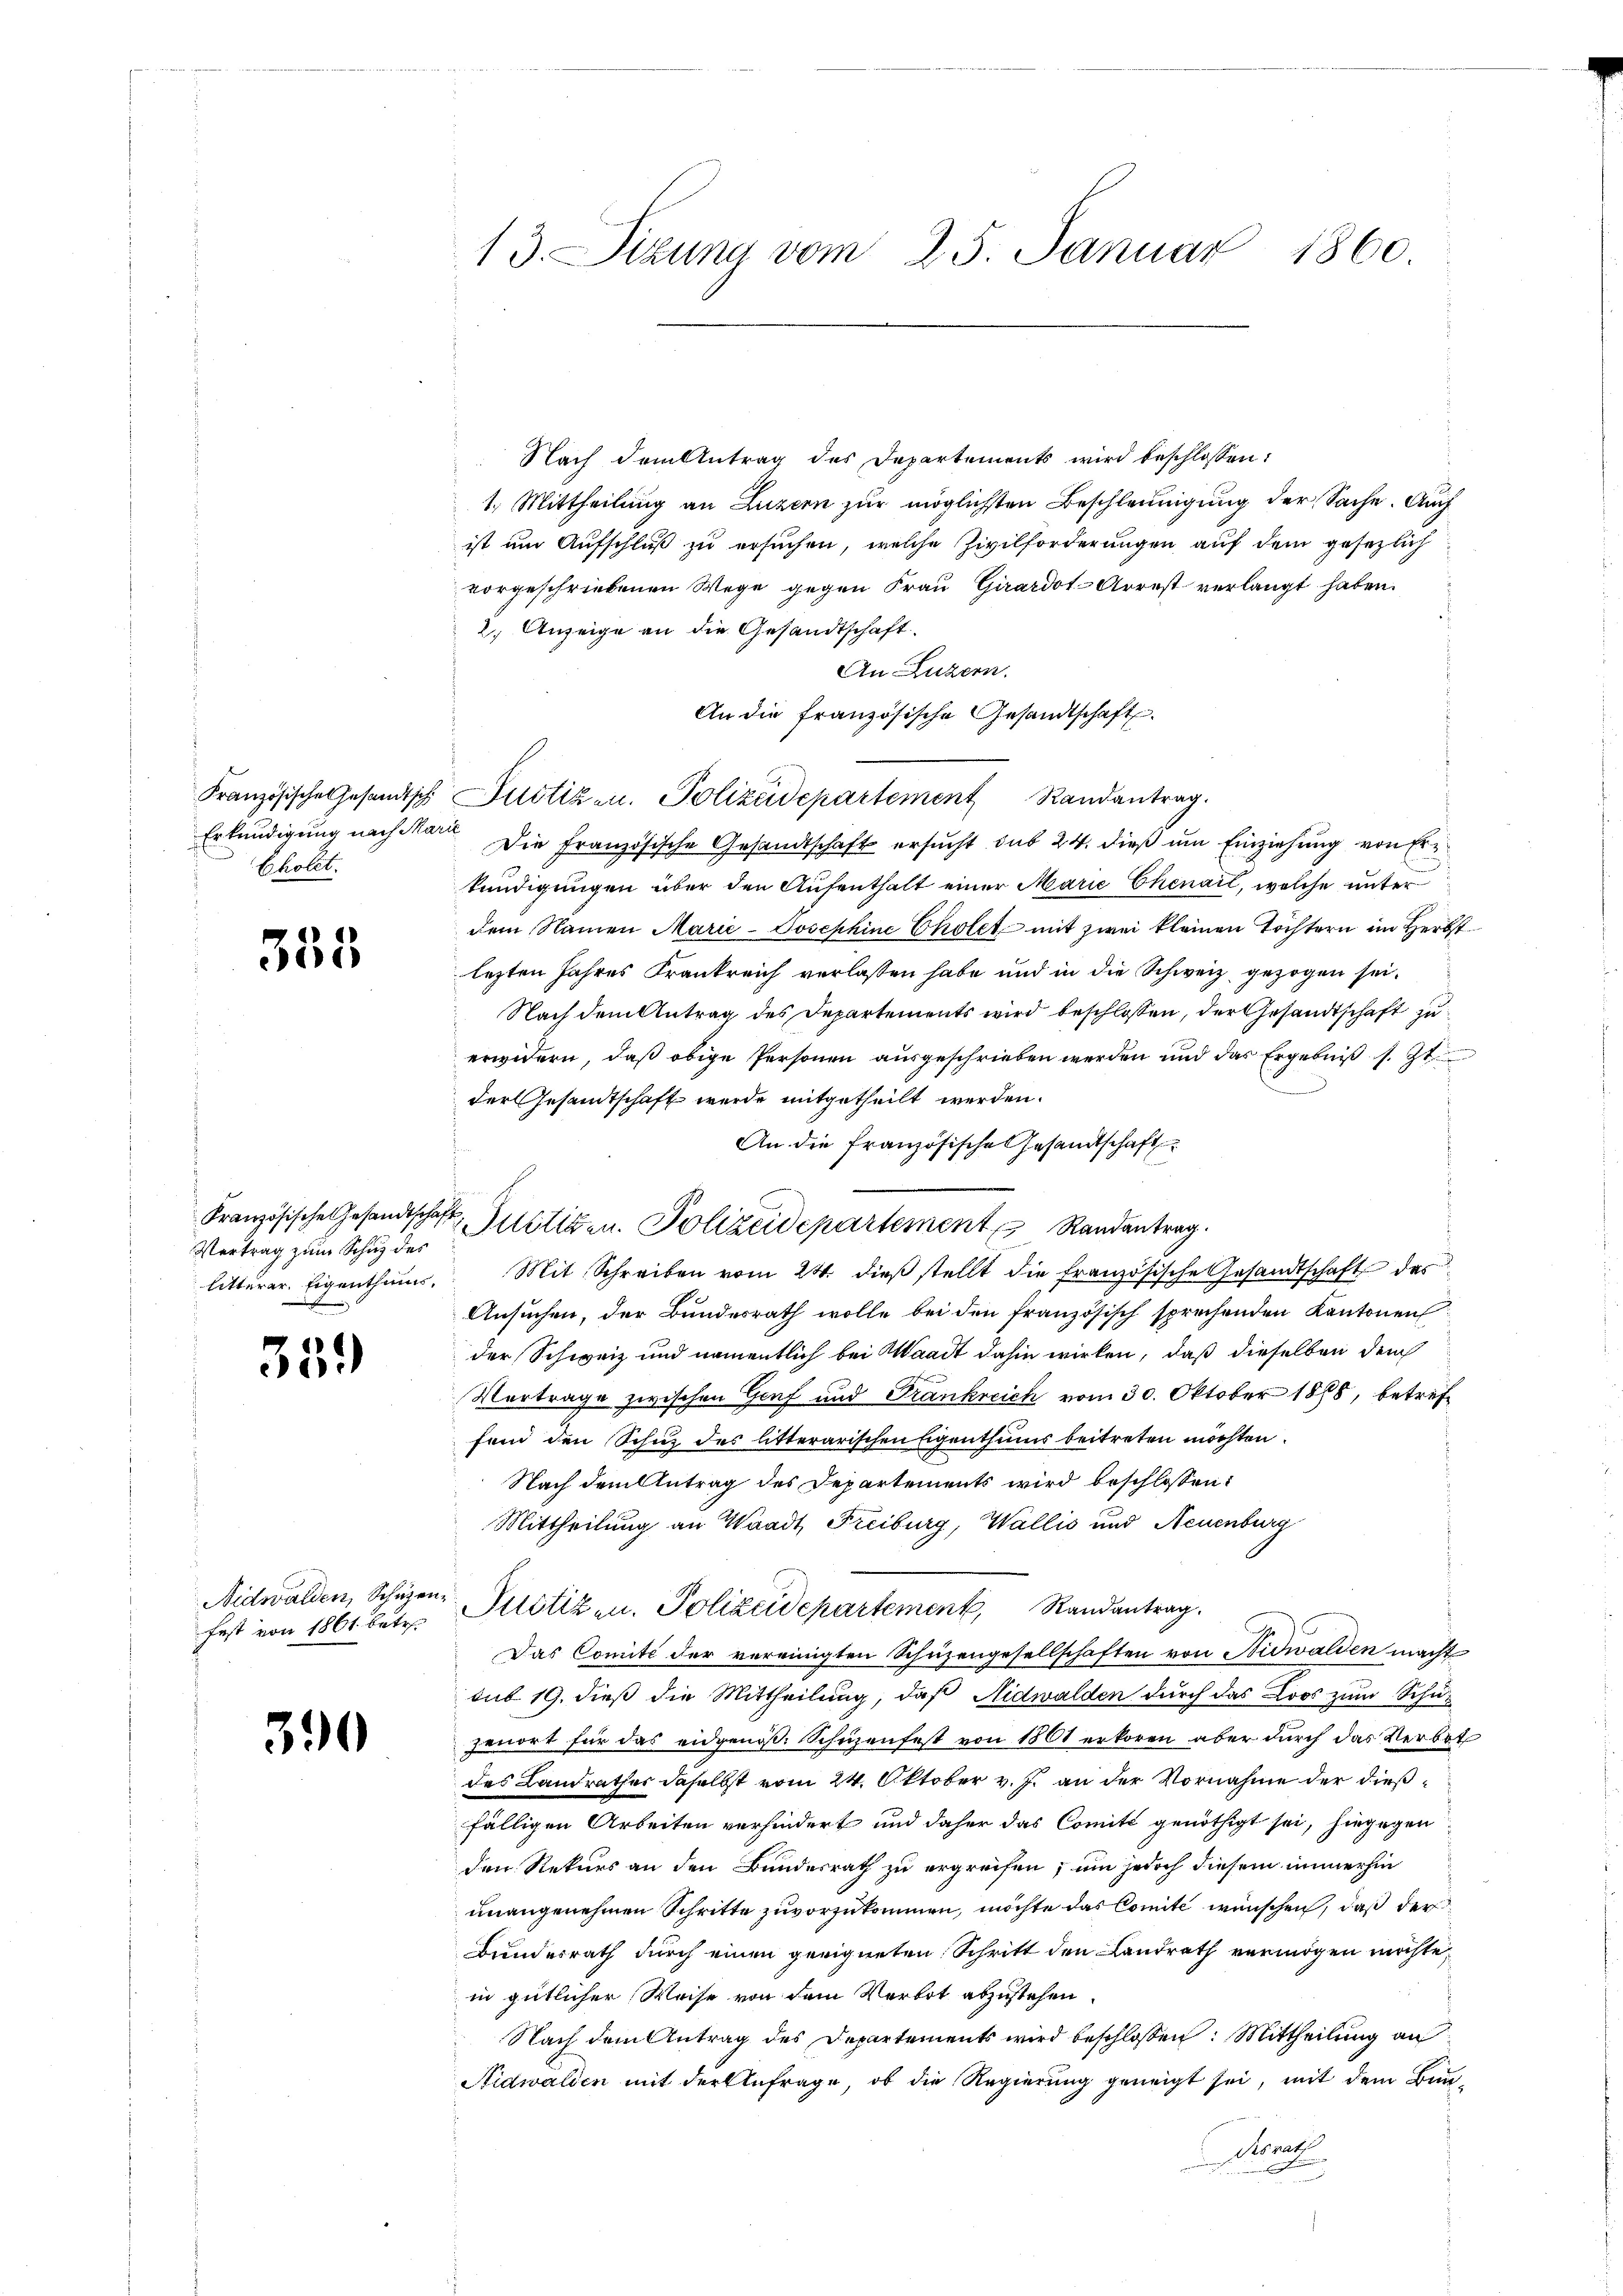
Cholet.

355

Kranzösische Gesandtschaft
Vertrag zum Schuz des

359)

Nidwalden, Schüzen
fest von 1861 betr.

390

13. Situng vom 25. Januar
1860.

Nach dem Antrag des Departements wird beschlossen:
1. Mittheilung an Luzern zur möglichsten Beschleunigung der Sache. Auch
ist um Aufschluß zu ersuchen, welche Zivilforderungen auf dem gesezlich
vorgeschriebenen Wege gegen Frau Girardot-Arrest verlangt haben.
2. Anzeige an die Gesandtschaft
An Luzern.
An die französische Gesandtschaft.
Französische Gesandtsch Justiz u. Polizeidepartement Randantrag.
Erkundigung nach Mara Die Französische Gesandtschaft ersucht sub 24. dieß um Einziehung von Er
kundigungen über den Aufenthalt einer Marie Chenail, welche unter
dem Namen Marie-Josephine Cholet mit zwei kleinen Töchtern im Herbst
lezten Jahres Krankreich verlassen habe und in die Schweiz gezogen sei.
Nach dem Antrag des Departements wird beschlossen, der Gesandtschaft zu
erwidern, daß obige Personen ausgeschrieben werden und das Ergebniß s. Zt
der Gesandtschaft wurde mitgetheilt werden.
An die französische Gesamtschaft
E
Justigen. Polizeidepartement Randantrag.
litterer Eigenthum. Mit Schreiben vom 24. dieβ stellt die französische Gesandtschaft des
Ansuchen, der Bundesrath wolle bei den französisch sprechenden Kantonen
der Schweiz und namentlich bei Waadt dahin wirken, daß dieselben dem
Vertrage zwischen Genf und Frankreich vom 30. Oktober 1888, betreffend den Schuz des litterarischen Eigenthums beitreten möchten.
Nach dem Antrag des Departements wird beschlossen:
Mittheilung an Waadt, Freiburg, Wallis und Neuenburg
Justizen. Polizeidepartement, Randantrag.
Das Comité der vereinigten Schüzengesellschaften von Nidwalden macht
sub 19. dieß die Mittheilung, daß Nidwalden durch das Loos zum Schuzenort für das eidgenos. Schüzenfest von 1801 erkoren aber durch das Verbot
des Landrathes daselbst vom 24. Oktober v. J. an der Vornahme der dießfälligen Arbeiten verhindert und daher das Comité genöthigt sei, hingegen
den Rekurs an den Bundesrath zu ergreifen, um jedoch diesem immerhin
unangenehmen Schritte zuvorzukommen, möchte das Comite wünschen, daß der
Bundesrath durch einen geeigneten Schritt den Landrath vermögen möchte,
in gütlicher Weise von dem Verbot abzustehen.
Nach dem Antrag des Departements wird beschlossen: Mittheilung an
Nidwalden mit der Anfrage, ob die Regierung geneigt sei, mit dem Bun-
desrat